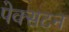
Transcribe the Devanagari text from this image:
पेक्‍सटन